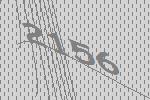
2156